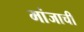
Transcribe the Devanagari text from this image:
मांजाची